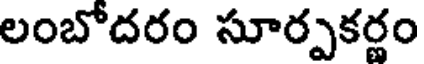
లంబోదరం సూర్పకర్ణం